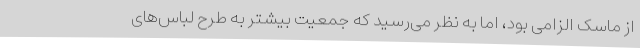
از ماسک الزامی بود، اما به نظر می‌رسید که جمعیت بیشتر به طرح لباس‌های